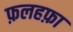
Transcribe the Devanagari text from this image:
फ़लहफ़ा